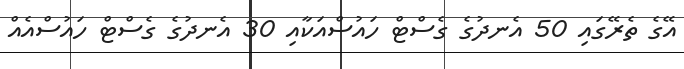
އޭގެ ތެރޭގައި 50 އެނދުގެ ގެސްޓް ހައުސްއަކާއި 30 އެނދުގެ ގެސްޓް ހައުސްއެއް